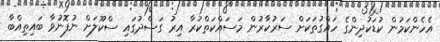
އެހެންކަމުން ކުޑަކުދިންގެ ހައްގުތަކަށް ސަރުކާރުން މަސައްކަތްކުރާ އިރު ގަސްދުގައި ސްކޫލަށް ނުފޮނުވާ ބައިތިއްބާ